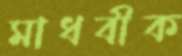
মাধবীক